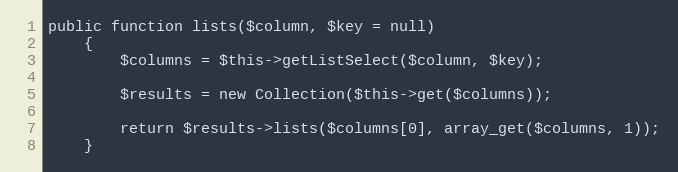
Language: PHP
public function lists($column, $key = null)
	{
		$columns = $this->getListSelect($column, $key);

		$results = new Collection($this->get($columns));

		return $results->lists($columns[0], array_get($columns, 1));
	}